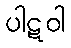
ပါဋဝါ